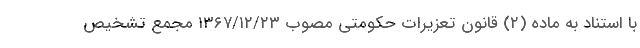
با استناد به ماده (۲) قانون تعزیرات حکومتی مصوب ۱۳۶۷/۱۲/۲۳ مجمع تشخیص